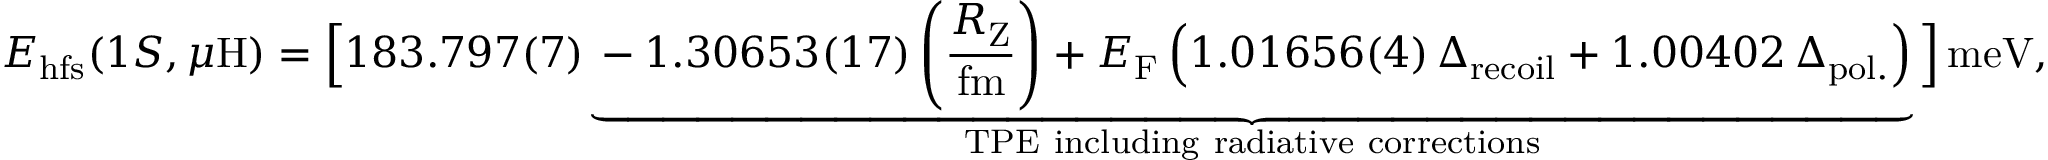
E _ { \mathrm { h f s } } ( 1 S , \mu \mathrm { H } ) = \Big [ 1 8 3 . 7 9 7 ( 7 ) \underbrace { - 1 . 3 0 6 5 3 ( 1 7 ) \left( \frac { R _ { \mathrm { Z } } } { \mathrm { f m } } \right) + E _ { \mathrm { F } } \, \Big ( 1 . 0 1 6 5 6 ( 4 ) \, \Delta _ { \mathrm { r e c o i l } } + 1 . 0 0 4 0 2 \, \Delta _ { \mathrm { p o l . } } \Big ) } _ { \mathrm { T P E ~ i n c l u d i n g ~ r a d i a t i v e ~ c o r r e c t i o n s } } \Big ] \, \mathrm { m e V } ,